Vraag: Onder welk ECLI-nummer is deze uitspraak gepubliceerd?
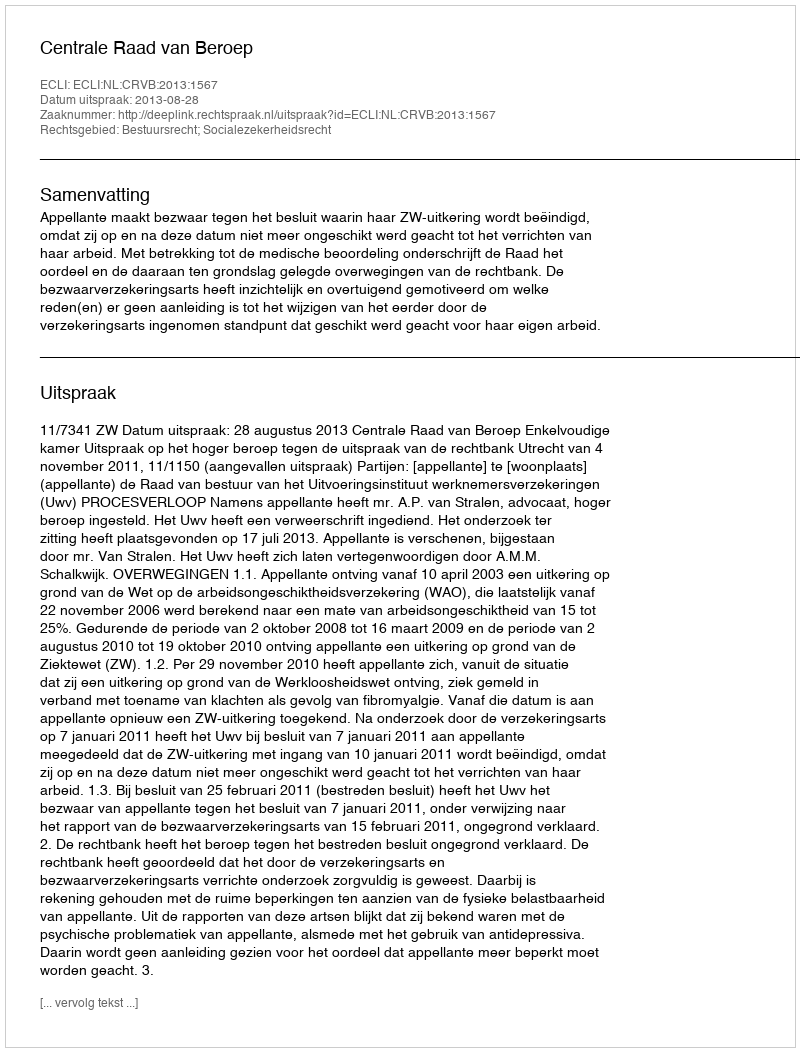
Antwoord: ECLI:NL:CRVB:2013:1567